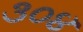
૩૦૪